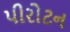
પીરોટન